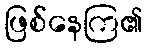
ဖြစ်နေကြ၏